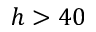
h > 4 0